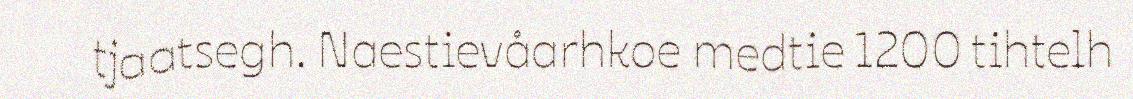
tjaatsegh. Naestievåarhkoe medtie 1200 tihtelh